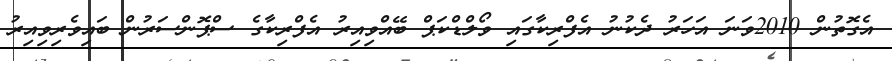
އެގޮތުން 2010ވަނަ އަހަރު ދެކުނު އެފްރިކާގައި ވޯލްޑްކަޕް ބޭއްވިއިރު އެފްރިކާގެ ސްޕޮންސަރުން ބައިވެރިވިއިރު